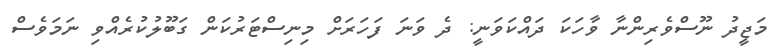
މަޖީދު ނޫސްވެރިންނާ ވާހަކަ ދައްކަވަނީ: ދެ ވަނަ ފަހަރަށް މިނިސްޓަރުކަން ގަބޫލުކުރެއްވި ނަމަވެސް